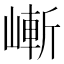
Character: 嶃